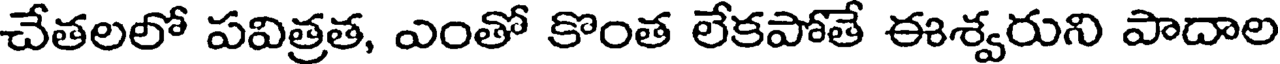
చేతలలో పవిత్రత, ఎంతో కొంత లేకపోతే ఈశ్వరుని పాదాల